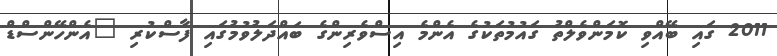
2011 ގައި ބޭއްވި ކޮމަންވެލްތު ގައުމުތަކުގެ އެންމެ އިސްވެރިންގެ ބައްދަލުވުމުގައި ފާސްކުރި "އެންހޭންސްޑް